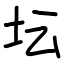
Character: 坛